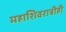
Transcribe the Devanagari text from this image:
महाशिवरात्रीही